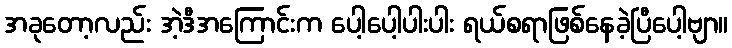
အခုတော့လည်း အဲ့ဒီအကြောင်းက ပေါ့ပေါ့ပါးပါး ရယ်စရာဖြစ်နေခဲ့ပြီပေါ့ဗျာ။